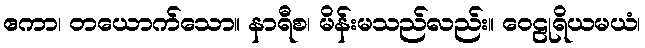
ဧကာ၊ တယောက်သော။ နာရီစ၊ မိန်းမသည်လည်း။ ဝေဠုရိယမယံ၊